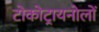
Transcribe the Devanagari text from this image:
टोकोट्रायनोलों